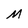
Character: M